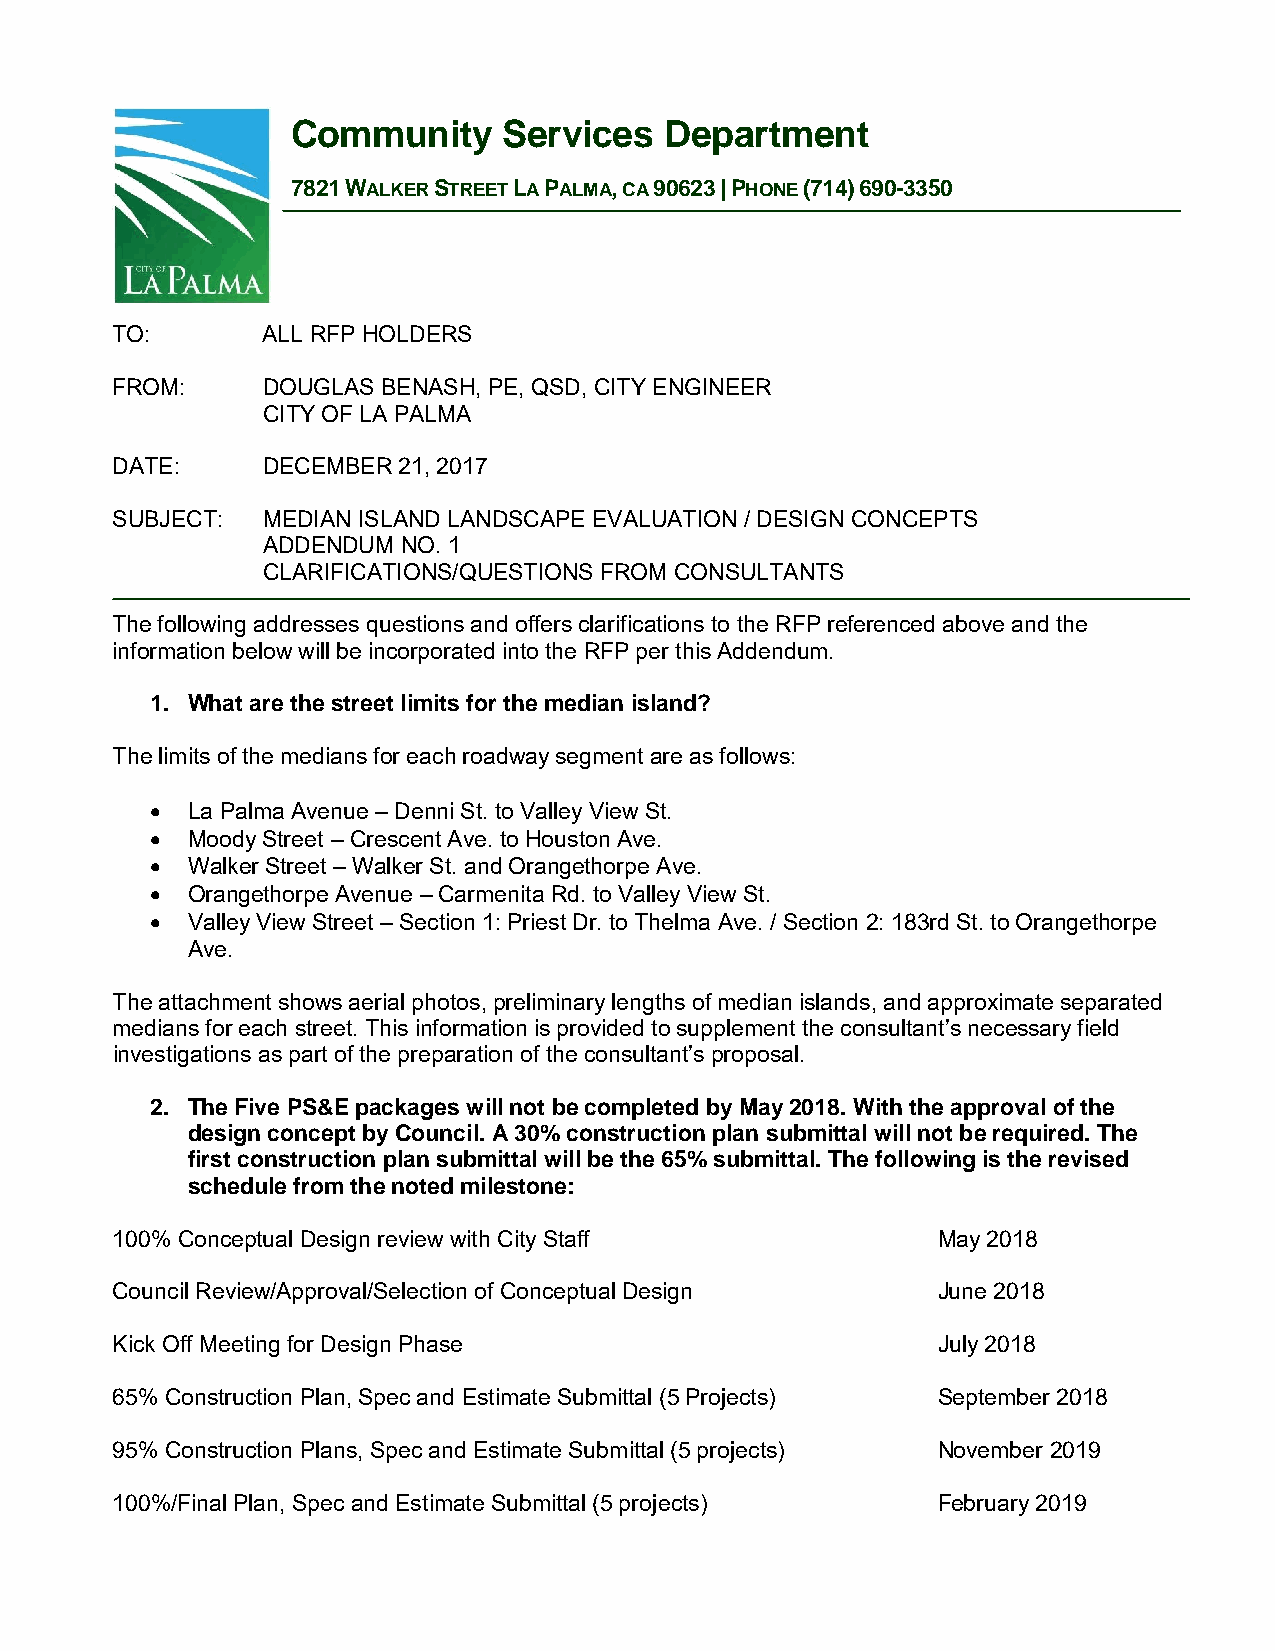
Community     Services   Department
 7821 WALKER STREET LA PALMA, CA 90623 | PHONE (714) 690-3350
 TO:       ALL RFP HOLDERS
 FROM:     DOUGLAS BENASH, PE, QSD, CITY ENGINEER
 CITY OF LA PALMA
 DATE:     DECEMBER 21, 2017
 SUBJECT:  MEDIAN ISLAND LANDSCAPE EVALUATION / DESIGN CONCEPTS
 ADDENDUM  NO. 1
 CLARIFICATIONS/QUESTIONS FROM CONSULTANTS
 The following addresses questions and offers clarifications to the RFP referenced above and the
 information below will be incorporated into the RFP per this Addendum.
 1. What are the street limits for the median island?
 The limits of the medians for each roadway segment are as follows:
  La Palma Avenue – Denni St. to Valley View St.
  Moody Street – Crescent Ave. to Houston Ave.
  Walker Street – Walker St. and Orangethorpe Ave.
  Orangethorpe Avenue – Carmenita Rd. to Valley View St.
  Valley View Street – Section 1: Priest Dr. to Thelma Ave. / Section 2: 183rd St. to Orangethorpe
 Ave.
 The attachment shows aerial photos, preliminary lengths of median islands, and approximate separated
 medians for each street. This information is provided to supplement the consultant’s necessary field
 investigations as part of the preparation of the consultant’s proposal.
 2. The Five PS&E packages will not be completed by May 2018. With the approval of the
 design concept by Council. A 30% construction plan submittal will not be required. The
 first construction plan submittal will be the 65% submittal. The following is the revised
 schedule from the noted milestone:
 100% Conceptual Design review with City Staff          May 2018
 Council Review/Approval/Selection of Conceptual Design June 2018
 Kick Off Meeting for Design Phase                      July 2018
 65% Construction Plan, Spec and Estimate Submittal (5 Projects) September 2018
 95% Construction Plans, Spec and Estimate Submittal (5 projects) November 2019
 100%/Final Plan, Spec and Estimate Submittal (5 projects) February 2019